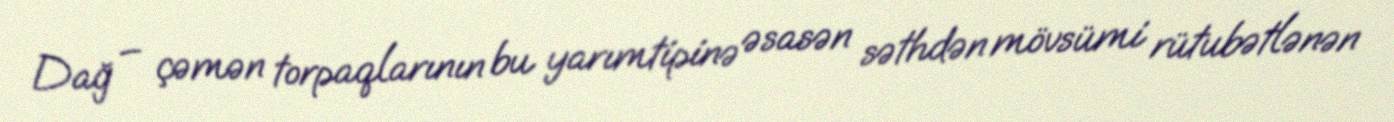
Dağ – çəmən torpaqlarının bu yarımtipinə əsasən səthdən mövsümi rütubətlənən